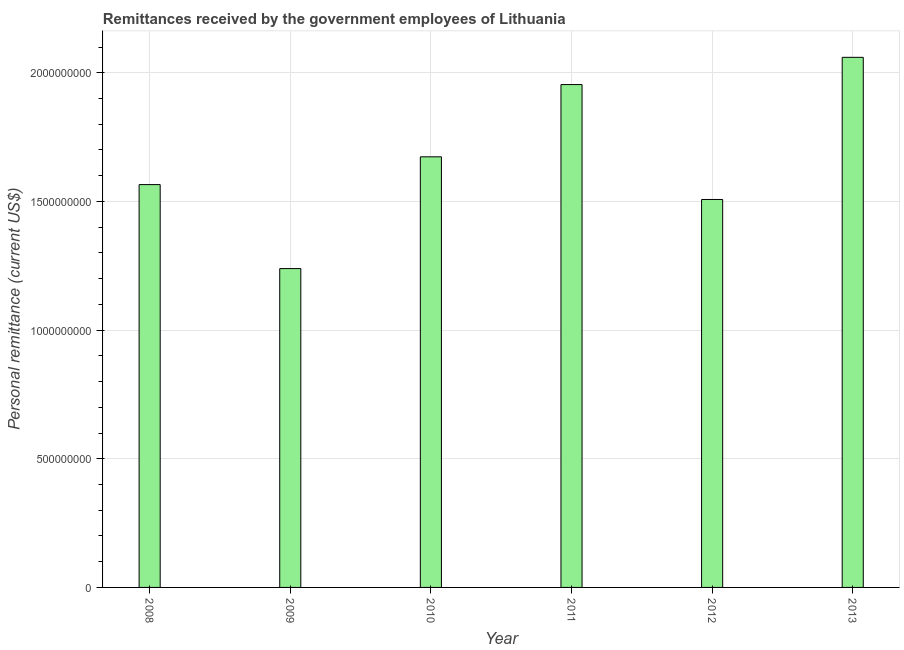
| Year | Personal remittances |
 | --- | --- |
 | 2008 | 1.57e+09 |
 | 2009 | 1.24e+09 |
 | 2010 | 1.67e+09 |
 | 2011 | 1.95e+09 |
 | 2012 | 1.51e+09 |
 | 2013 | 2.06e+09 |